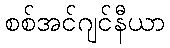
စစ်အင်ဂျင်နီယာ